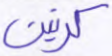
كرتين